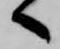
へ